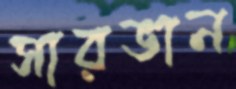
সারভান